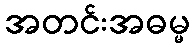
အတင်းအဓမ္မ